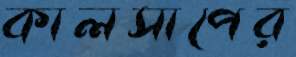
কালসাপের